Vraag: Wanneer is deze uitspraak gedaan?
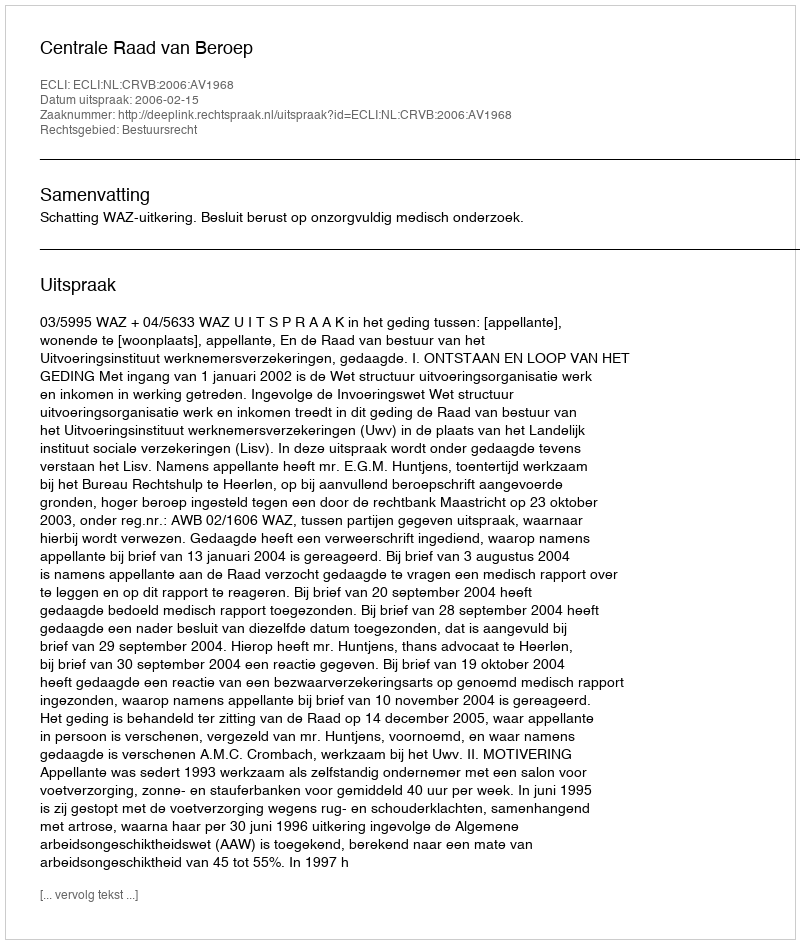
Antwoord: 2006-02-15